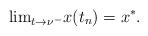
LaTeX: \begin{align*}{\lim}_{t\to\nu^{-}}x(t_n)=x^{*}.\end{align*}